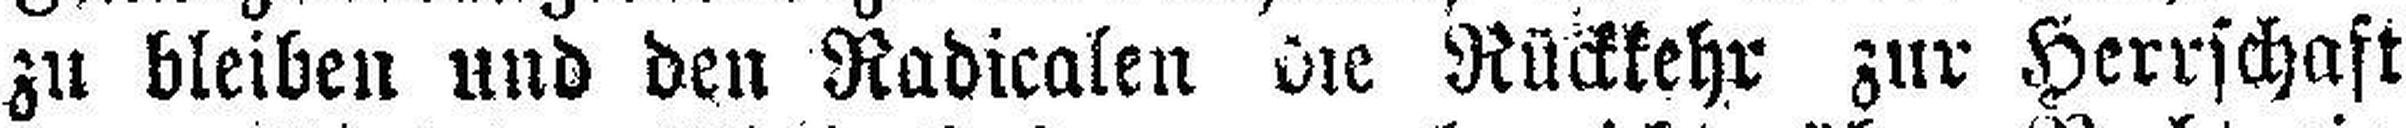
zu bleiben und den Radicalen die Rückkehr zur Herrschaft